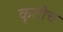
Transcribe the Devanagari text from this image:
कृतीच